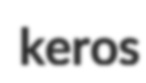
keros